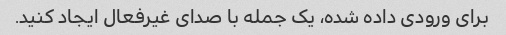
برای ورودی داده شده، یک جمله با صدای غیرفعال ایجاد کنید.